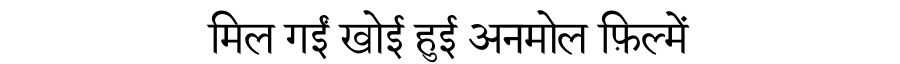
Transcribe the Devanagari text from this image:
मिल गईं खोई हुई अनमोल फ़िल्में